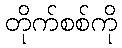
တိုက်စစ်ကို